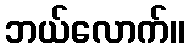
ဘယ်လောက်။